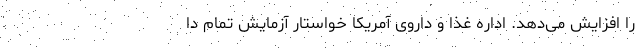
را افزایش می‌دهد. اداره غذا و داروی آمریکا خواستار آزمایش تمام دا